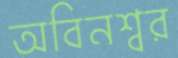
অবিনশ্বর